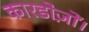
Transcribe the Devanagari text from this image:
कारडोज़ों।